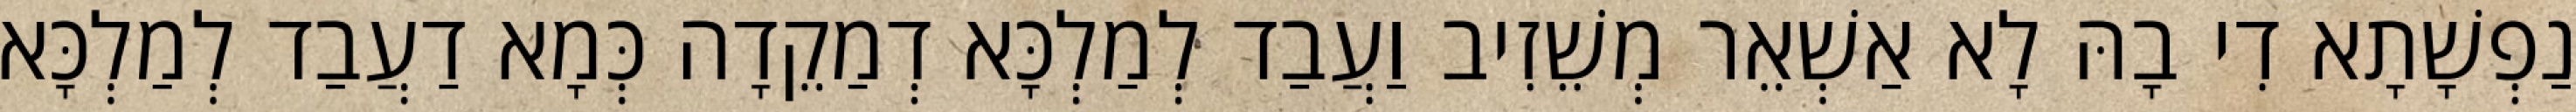
נַפְשָׁתָא דִי בָהּ לָא אַשְׁאֵר מְשֵׁזִיב וַעֲבַד לְמַלְכָּא דְמַקֵדָה כְּמָא דַעֲבַד לְמַלְכָּא